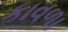
કાવળા